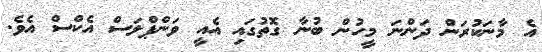
އެ މާނަކުރަން ދަންނަ މީހުން ބުނާ ގޮތުގައި އެއީ ވަންޕްލަސް އެކްސް އެވެ.